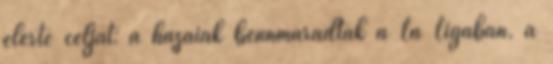
elérte célját: a hazaiak bennmaradtak a La Ligában, a